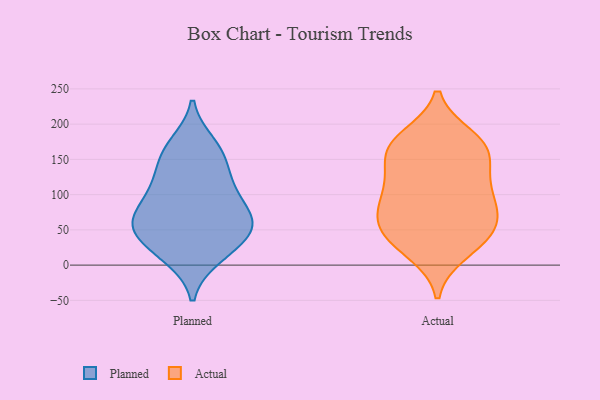
{"axis": {"x": "Humidity (%)", "y": "Value"}, "legend": ["Actual", "Planned"], "data": [{"x": "", "y": 103, "type": "Planned"}, {"x": "", "y": 54, "type": "Planned"}, {"x": "", "y": 96, "type": "Planned"}, {"x": "", "y": 158, "type": "Planned"}, {"x": "", "y": 171, "type": "Planned"}, {"x": "", "y": 129, "type": "Planned"}, {"x": "", "y": 51, "type": "Planned"}, {"x": "", "y": 59, "type": "Planned"}, {"x": "", "y": 68, "type": "Planned"}, {"x": "", "y": 17, "type": "Planned"}, {"x": "", "y": 28, "type": "Planned"}, {"x": "", "y": 61, "type": "Planned"}, {"x": "", "y": 160, "type": "Planned"}, {"x": "", "y": 60, "type": "Planned"}, {"x": "", "y": 12, "type": "Planned"}, {"x": "", "y": 114, "type": "Planned"}, {"x": "", "y": 181, "type": "Actual"}, {"x": "", "y": 175, "type": "Actual"}, {"x": "", "y": 91, "type": "Actual"}, {"x": "", "y": 18, "type": "Actual"}, {"x": "", "y": 116, "type": "Actual"}, {"x": "", "y": 68, "type": "Actual"}, {"x": "", "y": 158, "type": "Actual"}, {"x": "", "y": 74, "type": "Actual"}, {"x": "", "y": 163, "type": "Actual"}, {"x": "", "y": 114, "type": "Actual"}, {"x": "", "y": 44, "type": "Actual"}, {"x": "", "y": 112, "type": "Actual"}, {"x": "", "y": 75, "type": "Actual"}, {"x": "", "y": 173, "type": "Actual"}, {"x": "", "y": 48, "type": "Actual"}, {"x": "", "y": 151, "type": "Actual"}, {"x": "", "y": 26, "type": "Actual"}, {"x": "", "y": 48, "type": "Actual"}]}